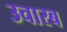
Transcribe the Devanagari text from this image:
उचारब